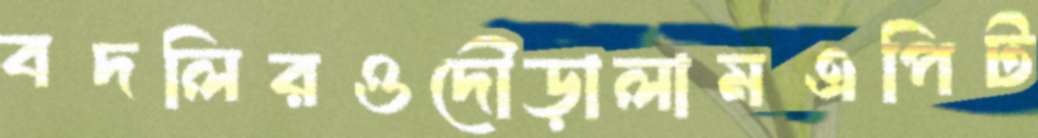
বদলিরওদৌড়ালামএপিট